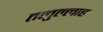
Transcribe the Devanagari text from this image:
तलुल्लाह